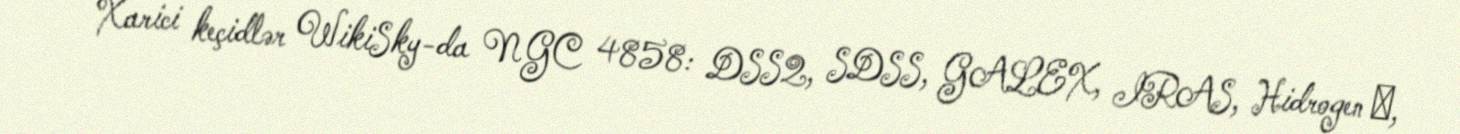
Xarici keçidlər WikiSky-da NGC 4858: DSS2, SDSS, GALEX, IRAS, Hidrogen α,